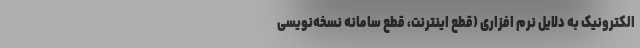
الکترونیک به دلایل نرم افزاری (قطع اینترنت، قطع سامانه نسخه‌نویسی